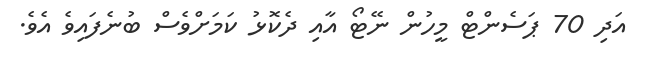
އަދި 70 ޕަސެންޓް މީހުން ނޭޓޯ އާއި ދެކޮޅު ކަމަށްވެސް ބުނެފައިވެ އެވެ.